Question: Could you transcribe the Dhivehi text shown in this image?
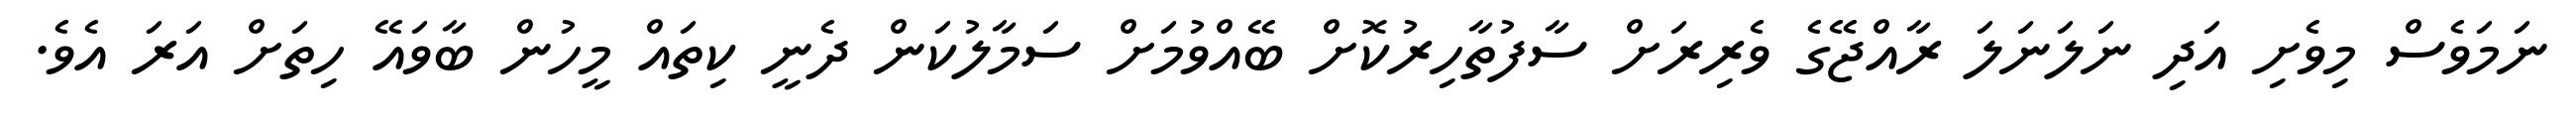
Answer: ނަމަވެސް މިވެށި އަދި ނަލަނަލަ ރާއްޖޭގެ ވެރިރަށް ސާފުތާހިރުކޮށް ބޭއްވުމަށް ސަމާލުކަން ދެނީ ކިތައް މީހުން ބާވައޭ ހިތަށް އަރަ އެވެ.